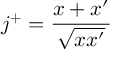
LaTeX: j ^ { + } = { \frac { x + x ^ { \prime } } { \sqrt { x x ^ { \prime } } } }